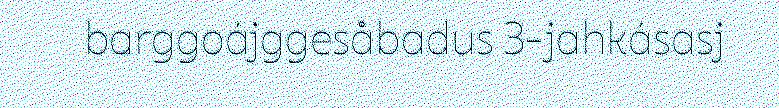
barggoájggesåbadus 3-jahkásasj